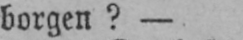
borgen? -